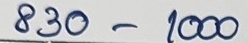
830 - 1000